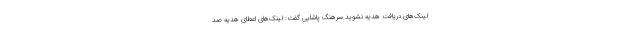
لینک‌های دریافت هدیه نشوید سرهنگ پاشایی گفت: لینک‌های اعطای هدیه صد